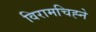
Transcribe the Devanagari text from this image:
विरामचिह्ने